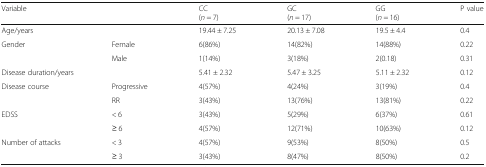
<table><thead><tr><td colspan="2"><b>Variable</b></td><td><b>CC(<i>n</i> = 7)</b></td><td><b>GC(<i>n</i> = 17)</b></td><td><b>GG(<i>n</i> = 16)</b></td><td><b>P value</b></td></tr></thead><tbody><tr><td colspan="2">Age/years</td><td>19.44 ± 7.25</td><td>20.13 ± 7.08</td><td>19.5 ± 4.4</td><td>0.4</td></tr><tr><td rowspan="2">Gender</td><td>Female</td><td>6(86%)</td><td>14(82%)</td><td>14(88%)</td><td>0.22</td></tr><tr><td>Male</td><td>1(14%)</td><td>3(18%)</td><td>2(0.18)</td><td>0.31</td></tr><tr><td colspan="2">Disease duration/years</td><td>5.41 ± 2.32</td><td>5.47 ± 3.25</td><td>5.11 ± 2.32</td><td>0.12</td></tr><tr><td rowspan="2">Disease course</td><td>Progressive</td><td>4(57%)</td><td>4(24%)</td><td>3(19%)</td><td>0.4</td></tr><tr><td>RR</td><td>3(43%)</td><td>13(76%)</td><td>13(81%)</td><td>0.22</td></tr><tr><td rowspan="2">EDSS</td><td>&lt; 6</td><td>3(43%)</td><td>5(29%)</td><td>6(37%)</td><td>0.61</td></tr><tr><td>≥ 6</td><td>4(57%)</td><td>12(71%)</td><td>10(63%)</td><td>0.12</td></tr><tr><td rowspan="2">Number of attacks</td><td>&lt; 3</td><td>4(57%)</td><td>9(53%)</td><td>8(50%)</td><td>0.5</td></tr><tr><td>≥ 3</td><td>3(43%)</td><td>8(47%)</td><td>8(50%)</td><td>0.2</td></tr></tbody></table>